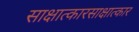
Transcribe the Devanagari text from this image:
साक्षात्कारसाक्षात्कार